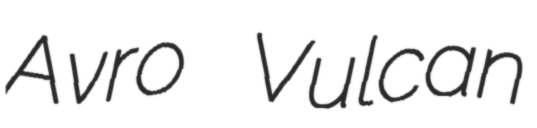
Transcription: Avro Vulcan